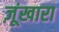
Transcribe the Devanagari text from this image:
ज़ूंखारा